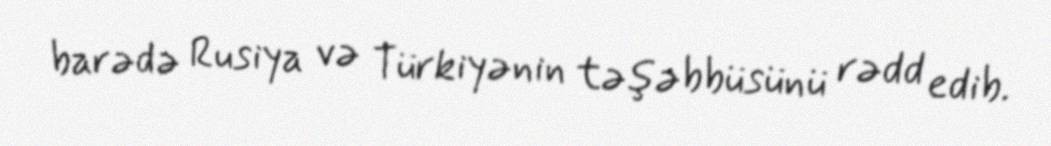
barədə Rusiya və Türkiyənin təşəbbüsünü rədd edib.